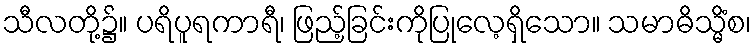
သီလတို့၌။ ပရိပူရကာရီ၊ ဖြည့်ခြင်းကိုပြုလေ့ရှိသော။ သမာဓိသ္မိံစ၊